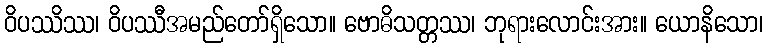
ဝိပဿိဿ၊ ဝိပဿီအမည်တော်ရှိသော။ ဗောဓိသတ္တဿ၊ ဘုရားလောင်းအား။ ယောနိသော၊